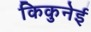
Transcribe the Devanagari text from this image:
किकुनेई